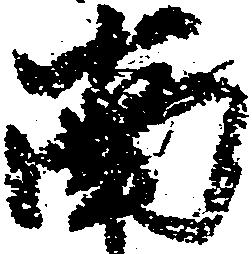
南